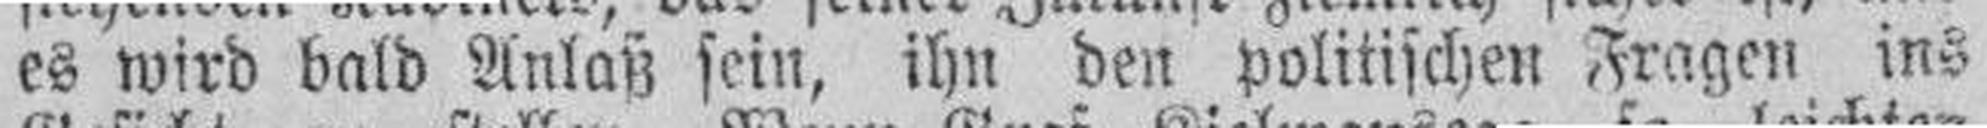
es wird bald Anlaß sein, ihn den politischen Fragen ins